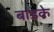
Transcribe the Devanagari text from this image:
बांडके